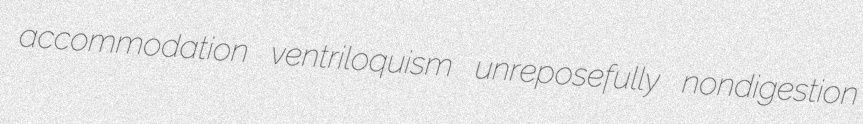
accommodation ventriloquism unreposefully nondigestion